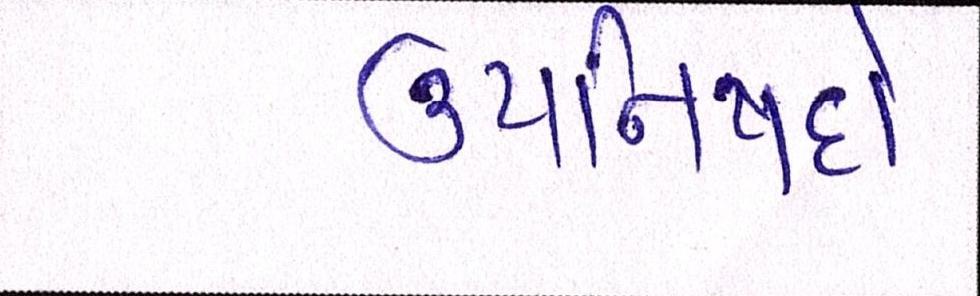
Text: ઉપનિષદો